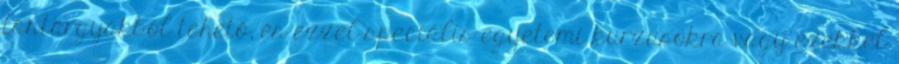
tantárgyakból tehető, és ezzel speciális egyetemi kurzusokra vagy ezekkel